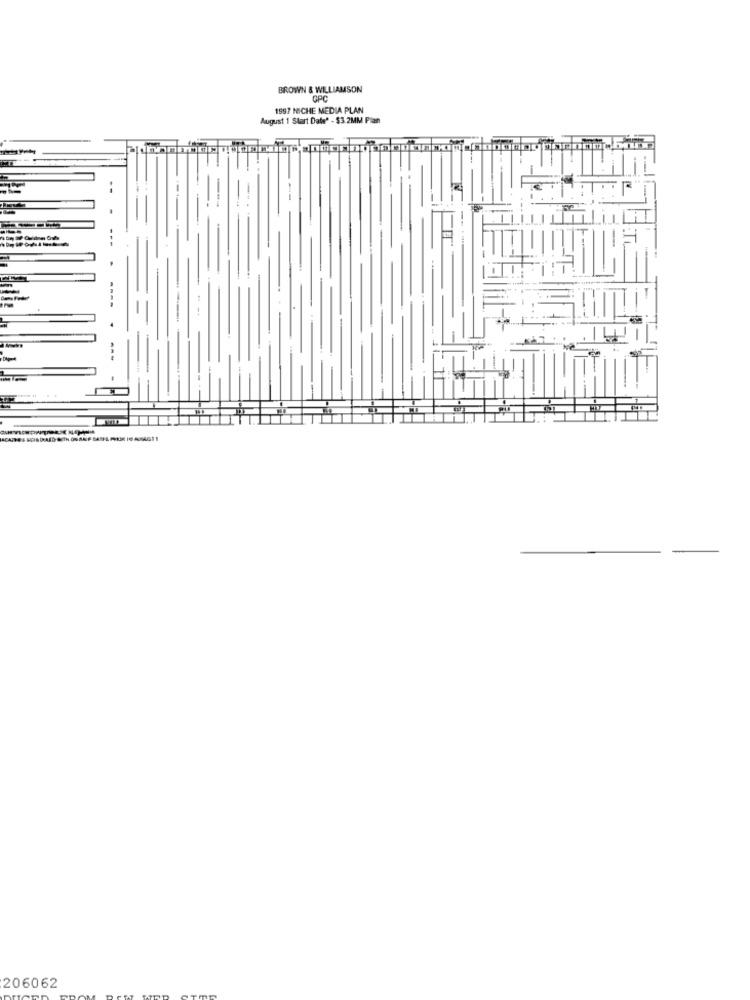
BROWN & WILLIAMSON
GPC
1997 NICHE MEDIA PLAN
August 1 Start Date' - $3.2MM Plan
----
---
206062